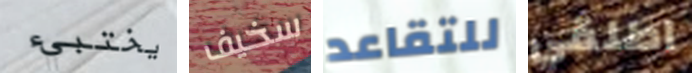
يختبيء سخيف للتقاعد اطلقي